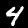
Digit: 4